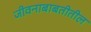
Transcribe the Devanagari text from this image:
जीवनाबाबतीतील